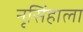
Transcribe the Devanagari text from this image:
नृसिंहाला